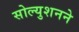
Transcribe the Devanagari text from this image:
सोल्युशनने